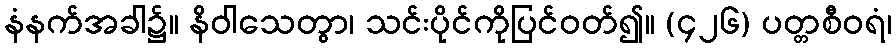
နံနက်အခါ၌။ နိဝါသေတွာ၊ သင်းပိုင်ကိုပြင်ဝတ်၍။ (၄၂၆) ပတ္တစီဝရံ၊